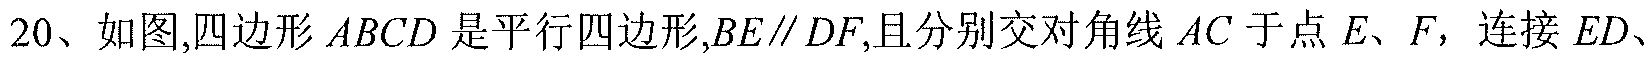
20、如图,四边形$ABCD$是平行四边形,$BE\parallel DF$,且分别交对角线$AC$于点$E、F$，连接$ED、$